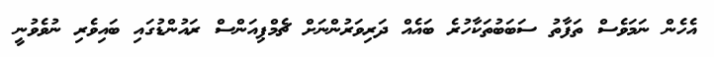
އެހެން ނަމަވެސް ތަފާތު ސަބަބުތަކާހުރެ ބައެއް ދަރިވަރުންނަށް ޗެމްޕިއަންސް ރައުންޑުގައި ބައިވެރި ނުވެވުނީ